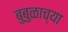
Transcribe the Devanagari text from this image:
बुबुळाच्या